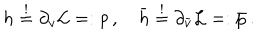
h \stackrel { ! } { = } \partial _ { v } { \cal L } = : p \, , \quad \bar { h } \stackrel { ! } { = } \partial _ { \bar { v } } { \cal L } = : \bar { p } \, .